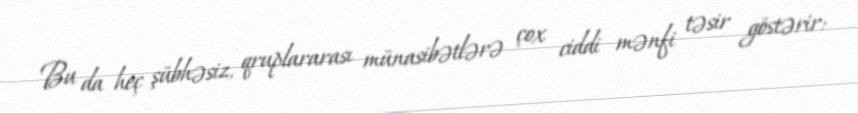
Bu da heç şübhəsiz, qruplararası münasibətlərə çox ciddi mənfi təsir göstərir: